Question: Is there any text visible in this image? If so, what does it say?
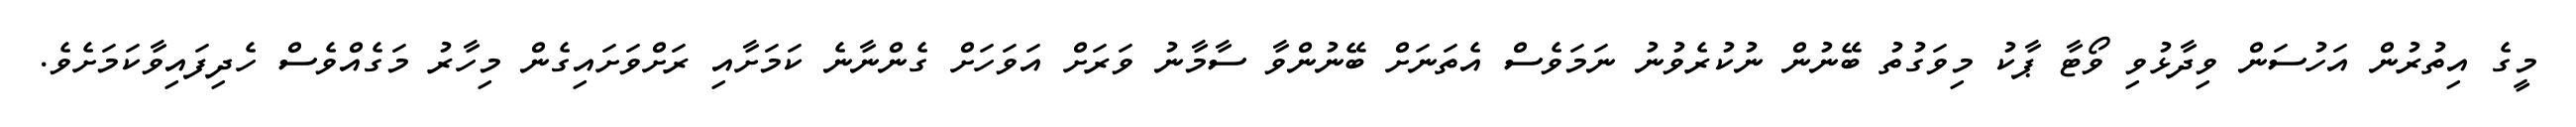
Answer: މީގެ އިތުރުން އަހުސަން ވިދާޅުވި ވޯޓާ ޕާކު މިވަގުތު ބޭނުން ނުކުރެވުނު ނަމަވެސް އެތަނަށް ބޭނުންވާ ސާމާނު ވަރަށް އަވަހަށް ގެންނާނެ ކަމަށާއި ރަށްވަށައިގެން މިހާރު މަގެއްވެސް ހެދިފައިވާކަމަށެވެ.